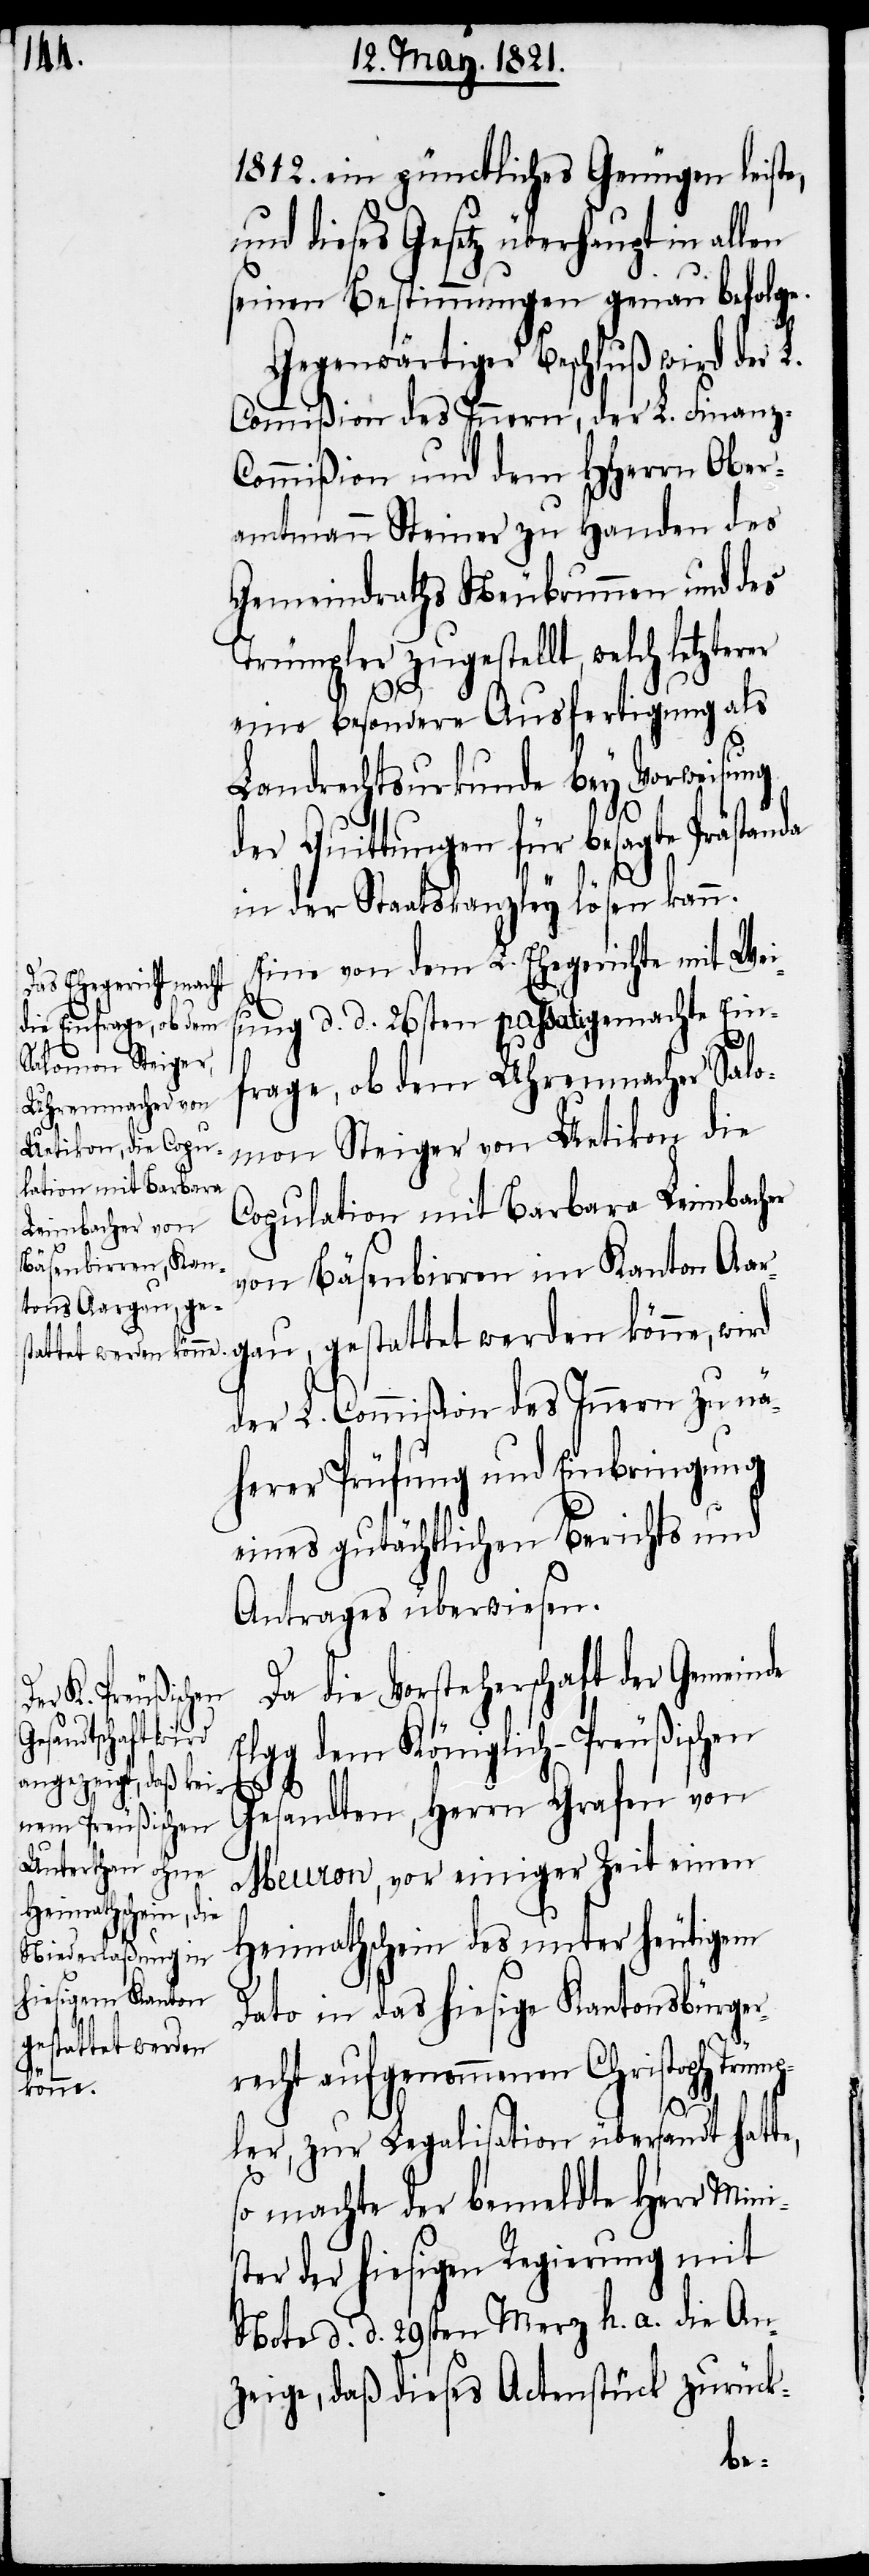
letzterer

1812. ein pünctliches Genügen leiste,
und dieses Gesetz überhaupt in allen
seinen Bestimmungen genau befolge.
Gegenwärtiger Beschluß wird der L.
Commißion des Innern, der L. Finanz-C¬
ommißion und dem HHerrn Ober¬
amtmann Steiner zu Handen des
Gemeindraths Neubrunnen und des
Trümpler zugestellt, welch
eine besondere Ausfertigung als
Landrechtsurkunde bey Vorweisung
der Quittungen für besagte Prästanda
in der Staatskanzley lösen kann.
Eine von dem L. Ehegerichte mit Weis¬
ung d. d. 26sten passati gemachte Ein¬
frage, ob dem Uhrenmacher Salo¬
mon Steiger von Uetikon die
Copulation mit Barbara Leimbacher
von Bäsenbirren im Kanton Aar¬
gau, gestattet werden könne, wird
der L. Commißion des Innern zu nä¬
herer Prüfung und Einbringung
eines gutächtlichen Berichts und
Antrages überwiesen.
Da die Vorsteherschaft der Gemeinde
Elgg dem Königlich-Preußischen
Gesandten, Herrn Grafen von
Meuron, vor einiger Zeit einen
Heimathschein des unter heutigem
Dato in das hiesige Kantonsbürger¬
recht aufgenommenen Christoph Trüm¬
pler, zur Legalisation übersandt hatte,
so machte der bemeldte Herr Mini¬
r der hiesigen Regierung mit
Note d. d. 29sten Merz h. a. die An¬
zeige, daß dieses Actenstück zurück-
ste¬